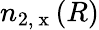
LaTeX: n_{2,\mathrm{~x~}}(R)